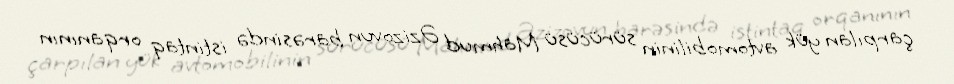
çarpılan yük avtomobilinin sürücüsü Mahmud Əzizovun barəsində istintaq orqanının